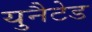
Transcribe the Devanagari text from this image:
युनैटेड